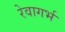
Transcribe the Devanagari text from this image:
रेवागर्भ